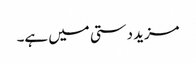
مزید دستی میں ہے۔